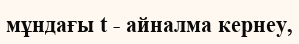
мұндағы t - айналма кернеу,